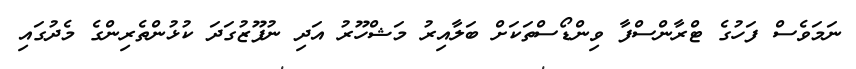
ނަމަވެސް ފަހުގެ ޓްރާންސްފާ ވިންޑޯސްތަކަށް ބަލާއިރު މަޝްހޫރު އަދި ނުފޫޒުގަދަ ކުޅުންތެރިންގެ މެދުގައި